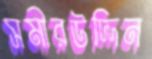
সমীরউদ্দিন